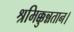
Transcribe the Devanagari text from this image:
श्रमिक्कुन्नतान।